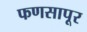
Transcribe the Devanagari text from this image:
फणसापूर